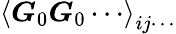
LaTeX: \left\langle\boldsymbol{G}_{0}\boldsymbol{G}_{0}\cdots\right\rangle_{ij\cdots}